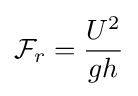
{\mathcal {F}}_{r}={\frac {U^{2}}{gh}}